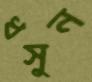
ধসুন